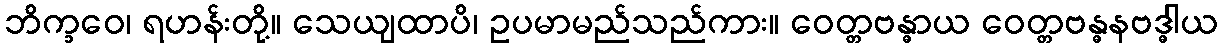
ဘိက္ခဝေ၊ ရဟန်းတို့။ သေယျထာပိ၊ ဥပမာမည်သည်ကား။ ဝေတ္တဗန္ဓာယ ဝေတ္တဗန္ဓနဗဒ္ဓါယ